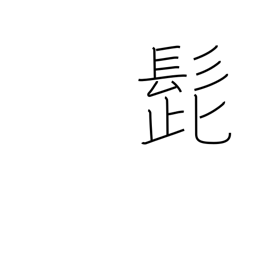
Meaning: mustache